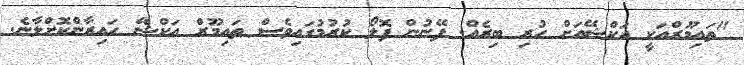
"ތައިމޫރްއަކީ އަކްޝޭއަށް ހުރި ބިރެއް. ފޭނުން ފޮލޯ ކުރުމުގައިވެސް ތައިމޫރް އަކްޝޭ ހައިރާންކޮށްލާނެ.